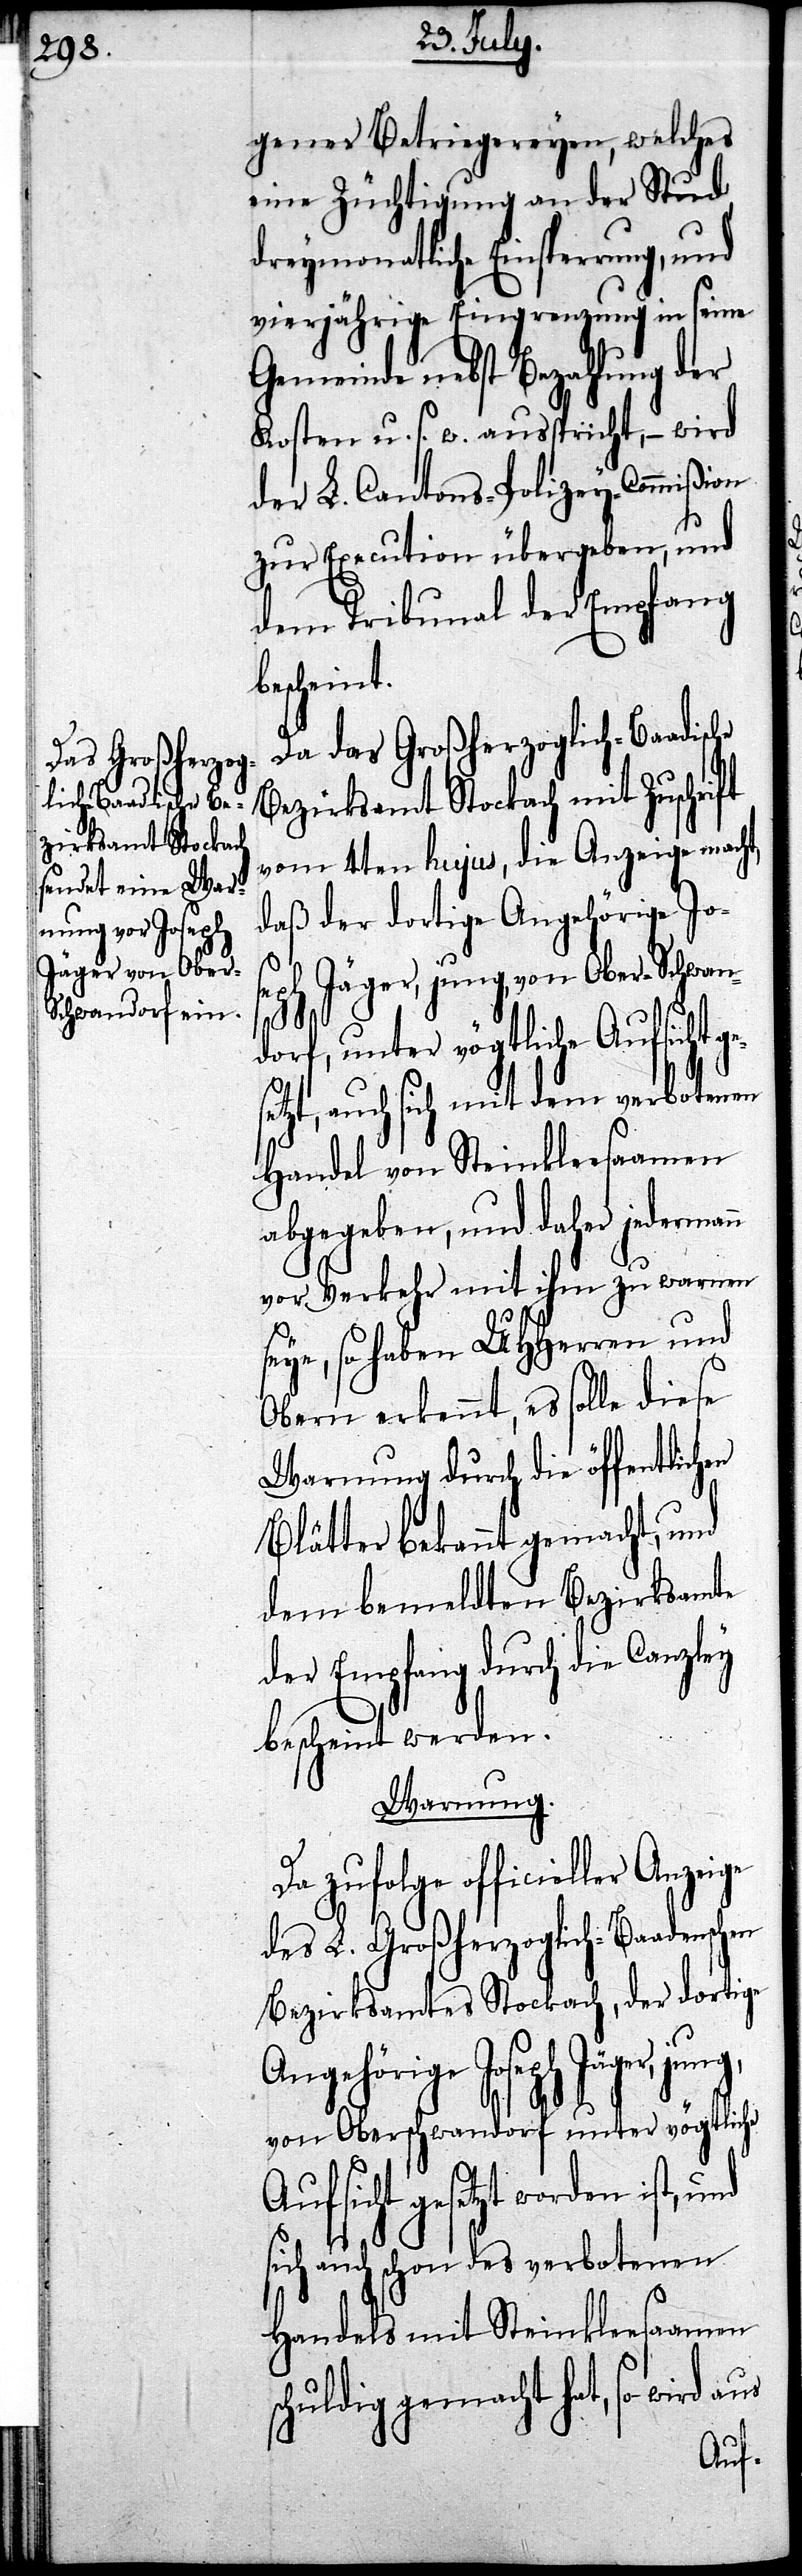
gener Betriegereyen, welches
eine Züchtigung an der Stund
Gemeinde nebst Bezahlung der
Kosten u. s. w. ausspricht, – wird
der L. Cantons-Polizey-Commißion
zur Execution übergeben, und
dem Tribunal der Empfang
bescheint.
Da das Großherzoglich-Baadische
Bezirksamt Stockach mit Zuschrift
vom 4ten hujus, die Anzeige macht,
daß der dortige Angehörige Jos¬
eph Jäger, jung, von Ober-Schwan¬
g,
dorf, unter vögtliche Aufsicht g¬
etzt, auch sich mit dem verbotenen
Handel von Steinkleesaamen
abgegeben, und daher jedermann
vor Verkehr mit ihm zu warnen
seye, so haben UHHerren und
Obern erkennt, es solle diese
Warnung durch die öffentlich¬
Blätter bekannt gemacht, und
dem bemeldten Bezirksamte
der Empfang durch die Canzley
bescheint werden.
Warnung.
Da zufolge officieller Anzeige
des L. Großherzoglich-Baadensch¬
Bezirksamtes Stockach, der dortige
Angehörige Joseph Jäger, jun¬
von Oberschwandorf unter vögtliche
Aufsicht gesetzt worden ist, und
sich auch schon des verbotenen
Handels mit Steinkleesaamen
schuldig gemacht hat, so wird